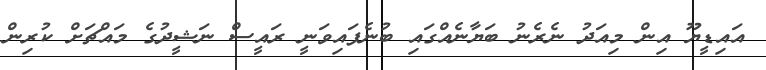
އައިޑީޔޫ އިން މިއަދު ނެރެނު ބަޔާނެއްގައި ބުނެފައިވަނީ ރައީސް ނަޝީދުގެ މައްޗަށް ކުރިން